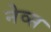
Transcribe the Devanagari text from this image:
नेव्स